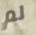
لم